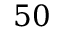
5 0